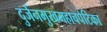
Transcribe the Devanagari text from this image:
दुर्जनमुखमहाचपेटिका